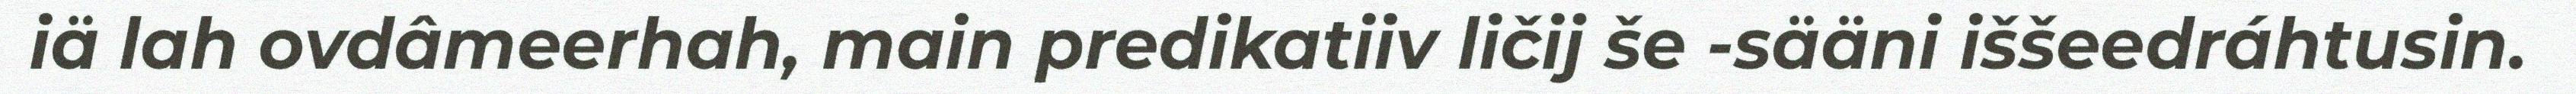
iä lah ovdâmeerhah, main predikatiiv ličij še -sääni iššeedráhtusin.